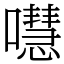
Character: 嚖